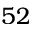
5 2